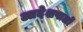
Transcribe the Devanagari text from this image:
आदेशपालों